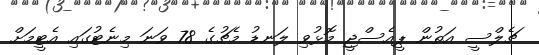
ޗެލްސީ އަތުން ޕީއެސްޖީ މޮޅުވި ލަނޑު މެޗުގެ 78 ވަނަ މިނެޓުގައި އެޓީމަށް